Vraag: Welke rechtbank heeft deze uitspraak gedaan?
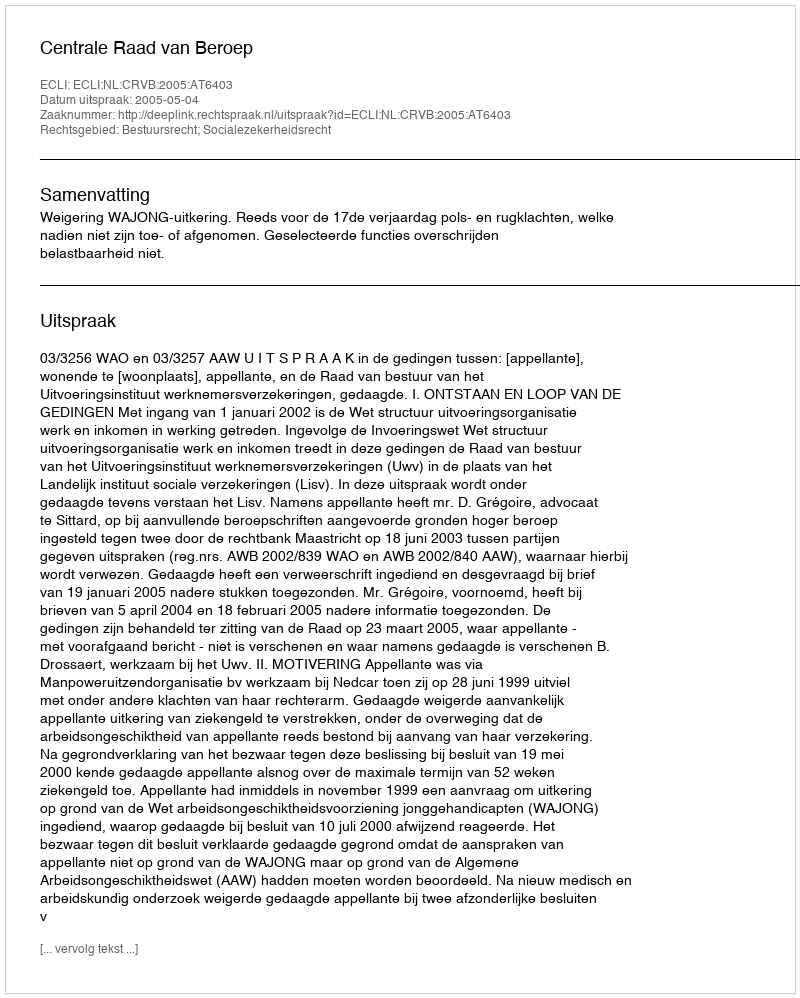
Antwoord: Centrale Raad van Beroep